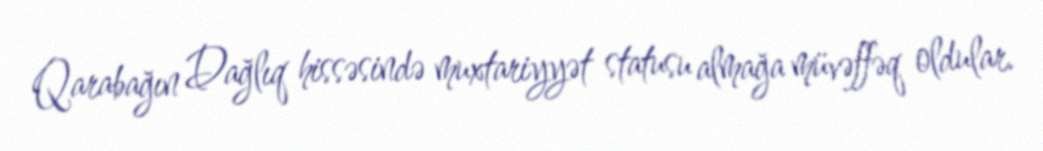
Qarabağın Dağlıq hissəsində muxtariyyət statusu almağa müvəffəq oldular.